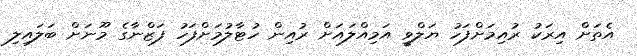
އެތަށް އިރަކު ރުއިމަށްފަހު ޔަލްވީ އަމިއްލައަށް ރުއިން ހުޓާލުމަށްފަހު ފަޒްނާގެ މޫނަށް ބަލައިލި